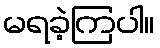
မရခဲ့ကြပါ။